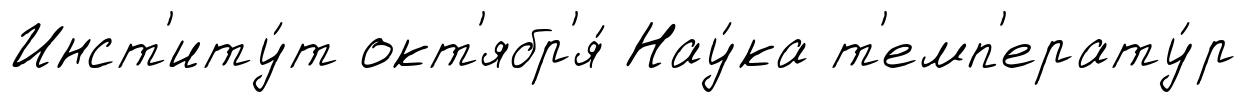
Инст'иту́т окт'ябр'я́ Нау́ка т'емп'ерату́р